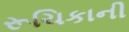
રૂચિકાની